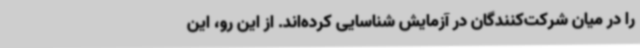
را در میان شرکت‌کنندگان در آزمایش شناسایی کرده‌اند. از این رو، این